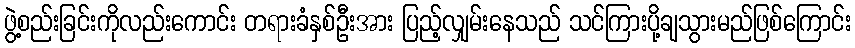
ဖွဲ့စည်းခြင်းကိုလည်းကောင်း တရားခံနှစ်ဦးအား ပြည့်လျှမ်းနေသည် သင်ကြားပို့ချသွားမည်ဖြစ်ကြောင်း